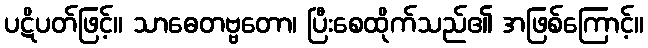
ပဋိပတ်ဖြင့်။ သာဓေတဗ္ဗတော၊ ပြီးစေထိုက်သည်၏ အဖြစ်ကြောင့်။